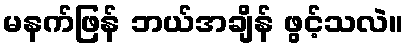
မနက်ဖြန် ဘယ်အချိန် ဖွင့်သလဲ။